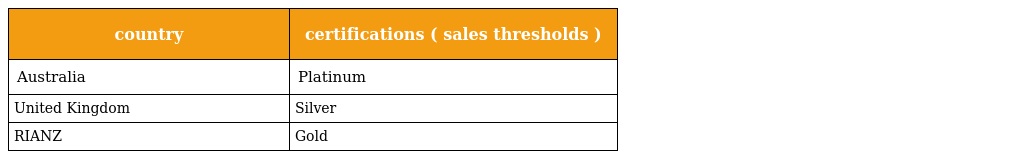
| country | certifications ( sales thresholds ) |
 | --- | --- |
 | Australia | Platinum |
 | United Kingdom | Silver |
 | RIANZ | Gold |